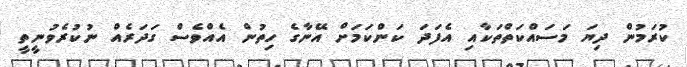
ކުރަމުން ދިޔަ މަސައްކަތްތަކާއި އެފަދަ ކަންކަމަށް އޭނާގެ ހިތުން އެއްވެސް ގަދަރެއް ނުކުރެވުނީތީ